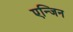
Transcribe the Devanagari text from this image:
एन्जिन